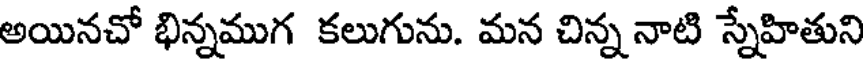
అయినచో భిన్నముగ కలుగును. మన చిన్న నాటి స్నేహితుని